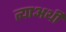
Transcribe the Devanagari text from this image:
त्याअर्थीं